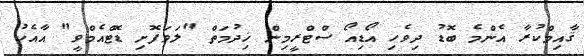
ޤާއިމްކުރާ އެންމެ ބޮޑު ދިވެހި އޯޑިއޯ ސްޓްރީމިން ޚިދުމަތް "ލަވަފޮށި ޑޮޓްއެމްވީ" އާއެކު